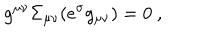
LaTeX: g ^ { \mu \nu } \Sigma _ { \mu \nu } ( e ^ { \sigma } g _ { \mu \nu } ) = 0 ~ ,